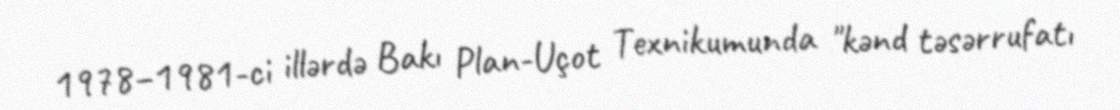
1978–1981-ci illərdə Bakı Plan-Uçot Texnikumunda "kənd təsərrufatı